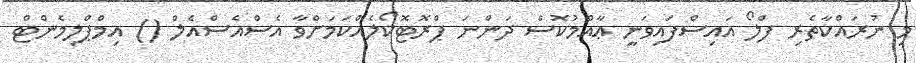
މި ނުރައްކާތެރި ފްލޯ އައިސްފައިވަނީ ޢާއްމުކޮސް ދަންނަ ޕްރޮޓޮކޯލެއްކަމަށްވާ އެސްއެސްއެލް () އިމްޕްލިމެންޓް